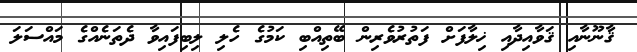
ޤާނޫނާއި ޤަވާއިދާއި ޚިލާފަށް ފަތުރުވެރިން ބޭތިއްބި ކަމުގެ ހެލި ލިބިފައިވާ ދެތަނެއްގެ މައްސަލަ